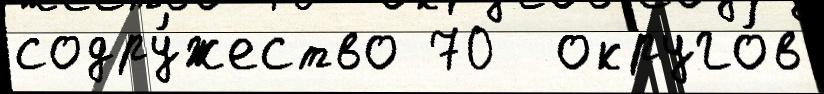
содру́жество 70  округо́в